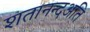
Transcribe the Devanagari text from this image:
शतानन्दअति